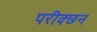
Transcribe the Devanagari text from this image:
परीक्छन